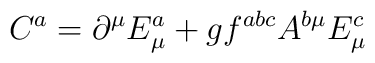
C^a=\partial ^\mu E_\mu ^a+gf^{abc}A^{b\mu }E_\mu ^c